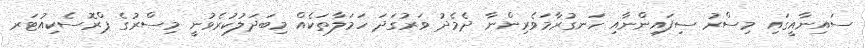
ސައިނާއީގައި މިސްރު ސިފައިންނާއި ހަނގުރާމަވެރިންނާ ދެމެދު ވަރުގަދަ ހަމަލާތަކެއް މިބަދަލުކުރެވުނީ މިސްރުގެ ޕްރޮސެކިއުޓަރ